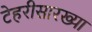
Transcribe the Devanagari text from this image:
टेहरीसारख्या